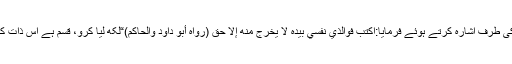
پھر میں نے نبیﷺسے اس کا ذکر کیا تو آپ نے اپنی انگلیوں سے اپنے منہ کی طرف اشارہ کرتے ہوئے فرمایا:اكتب فوالذي نفسي بيده لا يخرج منه إلا حق (رواه أبو داود والحاكم)“لکھ لیا کرو، قسم ہے اس ذات کی جس کے ہاتھ میں میری جان ہے اس منہ سے حق کے سوا کچھ نہیں نکلتا۔